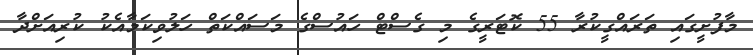
މާފުށީގައި ތަރައްގީކުރާ 55 ކޮޓަރީގެ މި ގެސްޓް ހައުސްގެ މަސައްކަތް ހަލުވިކަމާއެކު ކުރިއަށްދާ